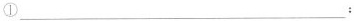
①___：